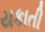
યકાતી